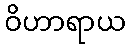
ဝိဟာရာယ